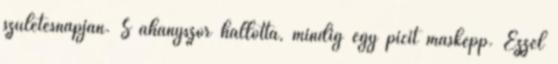
születésnapján. S ahányszor hallotta, mindig egy picit másképp. Ezzel